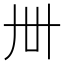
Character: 𬻂